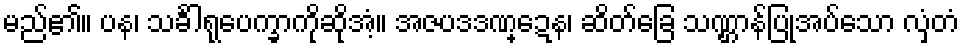
မည်၏။ ပန၊ သင်္ခါရုပေက္ခာကိုဆိုအံ့။ အဇပဒဒဏ္ဍေန၊ ဆိတ်ခြေ သဏ္ဌာန်ပြုအပ်သော လှံတံ